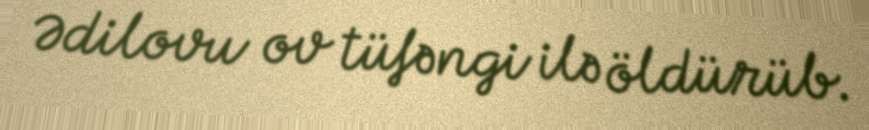
Ədilovu ov tüfəngi ilə öldürüb.